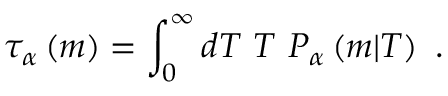
\tau _ { \alpha } \left( m \right) = \int _ { 0 } ^ { \infty } d T \ T \ P _ { \alpha } \left( m | T \right) \ .